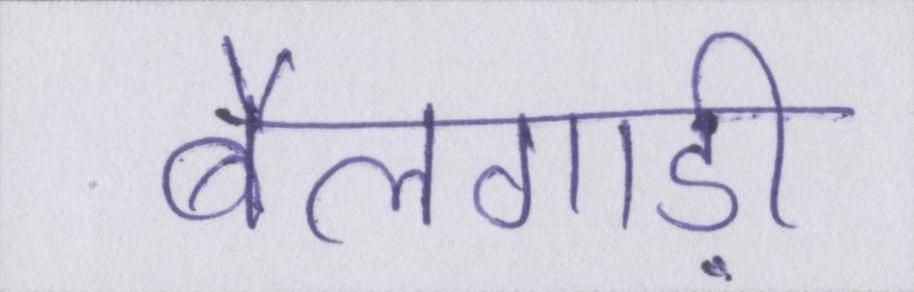
बैलगाड़ी